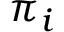
\textstyle \pi _ { i }